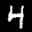
Label: 4